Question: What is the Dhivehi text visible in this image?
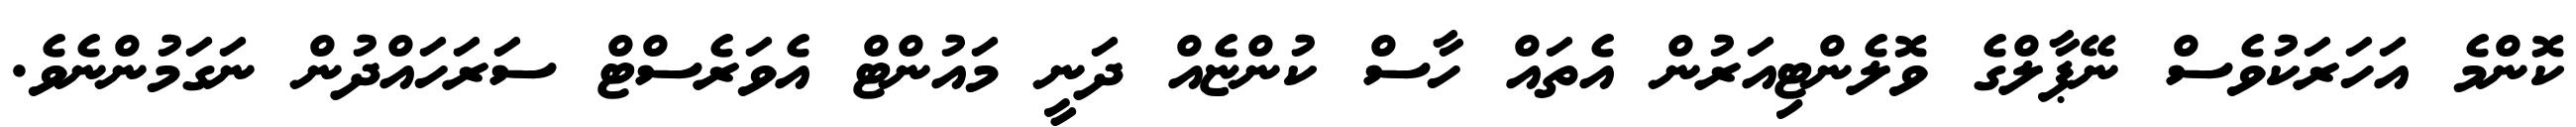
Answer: ކޮންމެ އަހަރަކުވެސް ނޭޕާލްގެ ވޮލެންޓިއަރުން އެތައް ހާސް ކުންޏެއް ދަނީ މައުންޓް އެވަރެސްޓް ސަރަހައްދުން ނަގަމުންނެވެ.